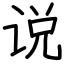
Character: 说